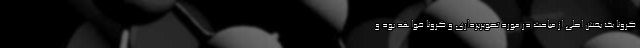
کرونا یک بخش اصلی از مباحث در مورد تصویربرداری و کرونا خواهد بود و